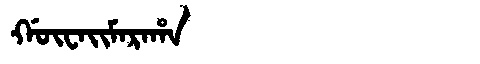
Manchu: ᡤᡡᠸᠠᡳᠮᠠᡵᠠᡥᠠ
Romanization: GŪWAIMARAHA